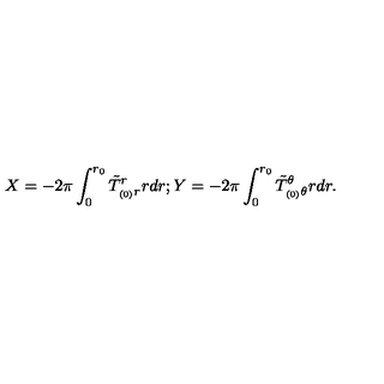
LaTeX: X = - 2 \pi \int _ { 0 } ^ { r _ { 0 } } \tilde { T } _ { _ { ( 0 ) } r } ^ { r } r d r ; Y = - 2 \pi \int _ { 0 } ^ { r _ { 0 } } \tilde { T } _ { _ { ( 0 ) } \theta } ^ { \theta } r d r .